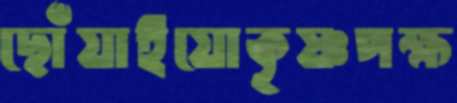
ছোঁয়াইয়োকৃষ্ণপক্ষ